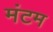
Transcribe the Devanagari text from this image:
मंटम